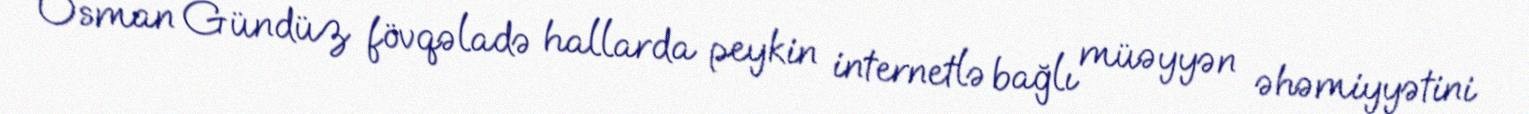
Osman Gündüz fövqəladə hallarda peykin internetlə bağlı müəyyən əhəmiyyətini